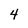
Character: 4